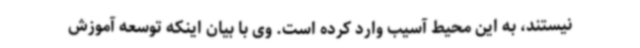
نیستند، به این محیط آسیب وارد کرده است. وی با بیان اینکه توسعه آموزش